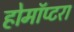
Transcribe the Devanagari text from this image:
होमॉप्टरा